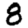
Digit: 8